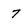
Character: 7